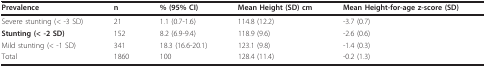
<table><thead><tr><td><b>Prevalence</b></td><td><b>n</b></td><td><b>% (95% CI)</b></td><td><b>Mean Height (SD) cm</b></td><td><b>Mean Height-for-age z-score (SD)</b></td></tr></thead><tbody><tr><td>Severe stunting (&lt; -3 SD)</td><td>21</td><td>1.1 (0.7-1.6)</td><td>114.8 (12.2)</td><td>-3.7 (0.7)</td></tr><tr><td><b>Stunting (&lt; -2 SD)</b></td><td>152</td><td>8.2 (6.9-9.4)</td><td>118.9 (9.6)</td><td>-2.6 (0.6)</td></tr><tr><td>Mild stunting (&lt; -1 SD)</td><td>341</td><td>18.3 (16.6-20.1)</td><td>123.1 (9.8)</td><td>-1.4 (0.3)</td></tr><tr><td>Total</td><td>1860</td><td>100</td><td>128.4 (11.4)</td><td>-0.2 (1.3)</td></tr></tbody></table>